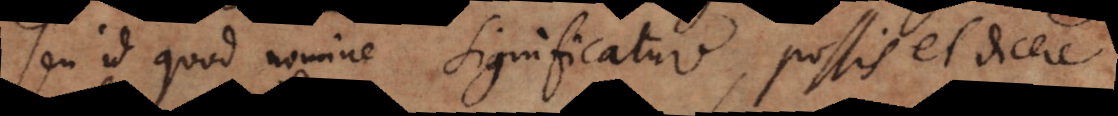
seu id quod nomine significatur, possis et dicere